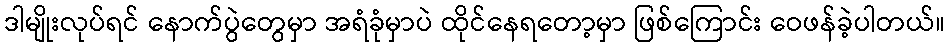
ဒါမျိုးလုပ်ရင် နောက်ပွဲတွေမှာ အရံခုံမှာပဲ ထိုင်နေရတော့မှာ ဖြစ်ကြောင်း ဝေဖန်ခဲ့ပါတယ်။